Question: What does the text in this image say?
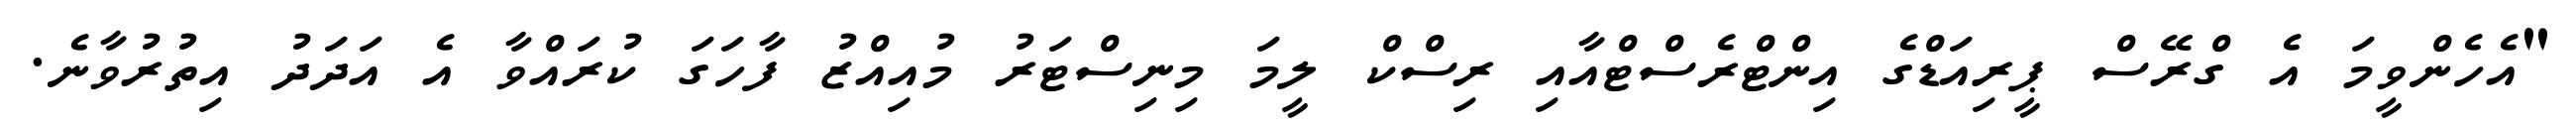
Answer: "އެހެންވީމަ އެ ގްރޭސް ޕީރިއަޑްގެ އިންޓްރެސްޓްއާއި ރިސްކް ލީމަ މިނިސްޓަރު މުއިއްޒު ފާހަގަ ކުރައްވާ އެ އަދަދު އިތުރުވާނެ.